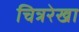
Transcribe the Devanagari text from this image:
चित्ररेखा